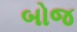
બોજ